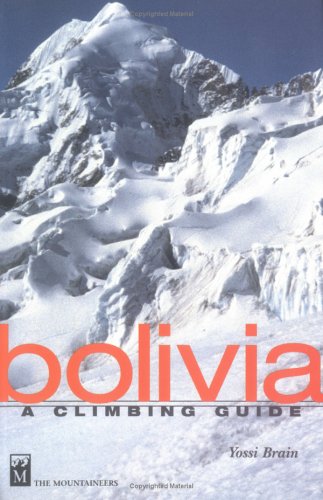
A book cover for Bolivia: A Climbing Guide; Yossi Brain; Travel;